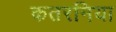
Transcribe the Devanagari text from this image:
कतरनिया